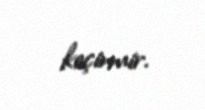
keçirmir.